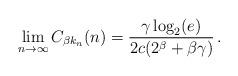
LaTeX: \begin{align*}\lim_{n\to\infty}C_{\beta k_n}(n) = \frac{\gamma\log_2(e)}{2c(2^{\beta} + \beta \gamma)}\, .\end{align*}